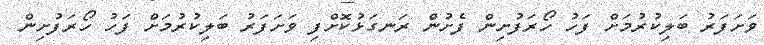
ވަށަފަރު ބަލިކުރުމަށް ފަހު ހޯރަފުށިން ފެށުން ރަނގަޅުކޮށްފި ވަށަފަރު ބަލިކުރުމަށް ފަހު ހޯރަފުށިން